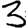
Digit: 3